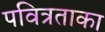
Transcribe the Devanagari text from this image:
पवित्रताका